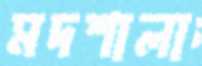
মদশালা